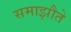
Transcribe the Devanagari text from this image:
समाझौते